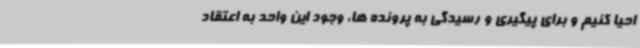
احیا کنیم و برای پیگیری و رسیدگی به پرونده ها، وجود این واحد به اعتقاد